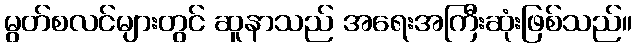
မွတ်စလင်များတွင် ဆူနာသည် အရေးအကြီးဆုံးဖြစ်သည်။